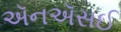
ઍનઍસઈ